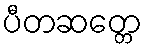
ပီတဆတ္တေ